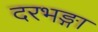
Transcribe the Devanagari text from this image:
दरभङ्गा